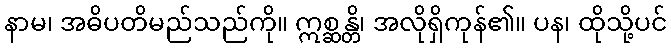
နာမ၊ အဓိပတိမည်သည်ကို။ ဣစ္ဆန္တိ၊ အလိုရှိကုန်၏။ ပန၊ ထိုသို့ပင်